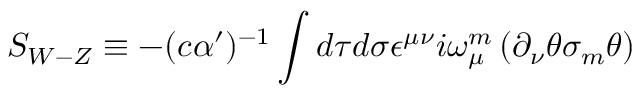
S _ { { W - Z } } \equiv - ( c \alpha ^ { \prime } ) ^ { - { 1 } } \int d \tau d \sigma \epsilon ^ { \mu \nu } i \omega _ { \mu } ^ { { m } } \left( \partial _ { \nu } \theta \sigma _ { { m } } \theta \right)